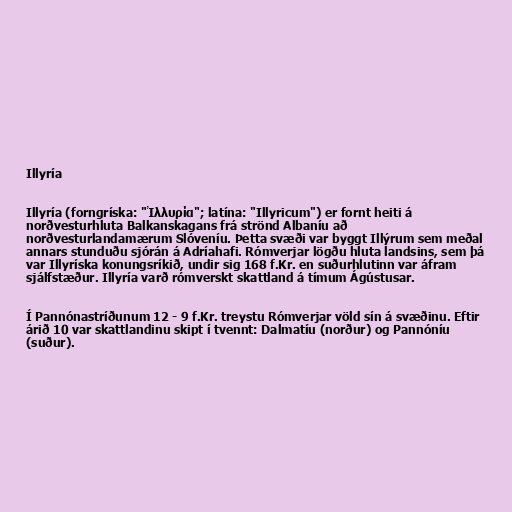
Illyría

Illyría (forngríska: "Ἰλλυρία"; latína: "Illyricum") er fornt heiti á
norðvesturhluta Balkanskagans frá strönd Albaníu að
norðvesturlandamærum Slóveníu. Þetta svæði var byggt Illýrum sem meðal
annars stunduðu sjórán á Adríahafi. Rómverjar lögðu hluta landsins, sem þá
var Illyríska konungsríkið, undir sig 168 f.Kr. en suðurhlutinn var áfram
sjálfstæður. Illyría varð rómverskt skattland á tímum Ágústusar.

Í Pannónastríðunum 12 - 9 f.Kr. treystu Rómverjar völd sín á svæðinu. Eftir
árið 10 var skattlandinu skipt í tvennt: Dalmatíu (norður) og Pannóníu
(suður).